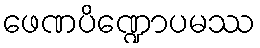
ဖေဏပိဏ္ဍောပမဿ